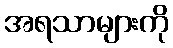
အရသာများကို